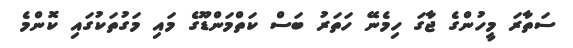
ސަތާރަ މީހުންގެ ޖާގަ ހިމެނޭ ހަތަރު ބަސް ކަތްމަންޑޫގެ މައި މަގުތަކުގައި ކޮންމެ